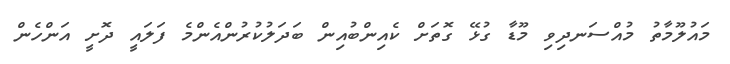
މައުލޫމާތު މުއްސަނދިވި މޫޑާ ގުޅޭ ގޮތަށް ކެއިންބުއިން ބަދަލުކުރުންއެންމެ ފަލައީ ދޮށީ އަންހެން